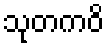
သုတကဝိ